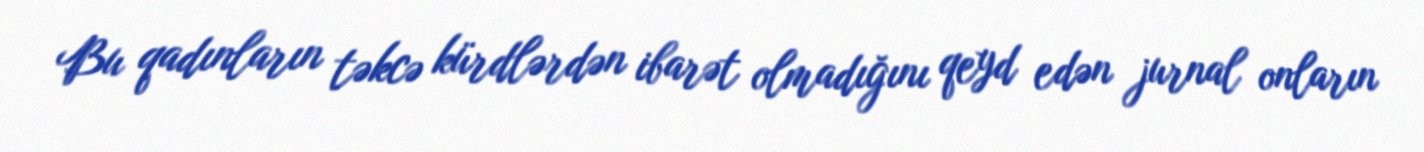
Bu qadınların təkcə kürdlərdən ibarət olmadığını qeyd edən jurnal onların